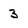
Character: 3